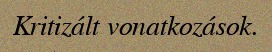
Kritizált vonatkozások.